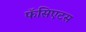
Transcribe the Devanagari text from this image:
फॅसिएटस